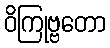
ဝိကြုဗ္ဗတော